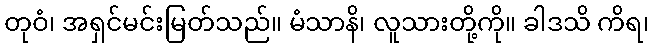
တုဝံ၊ အရှင်မင်းမြတ်သည်။ မံသာနိ၊ လူသားတို့ကို။ ခါဒသိ ကိရ၊